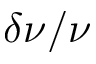
\delta \nu / \nu